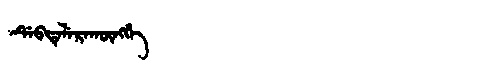
Manchu: ᡩᡝᠪᡨᡝᠯᡝᡵᠠᡴᡡᠩᡤᡝ
Romanization: DEBTELERAKŪNGGE